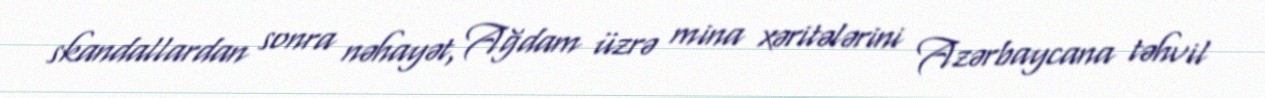
skandallardan sonra nəhayət, Ağdam üzrə mina xəritələrini Azərbaycana təhvil